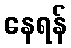
နေရန်